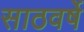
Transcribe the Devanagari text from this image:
साठवर्षे